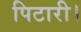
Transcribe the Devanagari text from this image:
पिटारी।